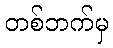
တစ်ဘက်မှ